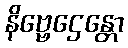
နိဗ္ဗေဌေန္တော